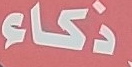
ذكاء